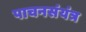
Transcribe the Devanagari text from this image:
पाचनसंयंत्र